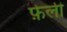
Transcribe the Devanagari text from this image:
फ़ेली